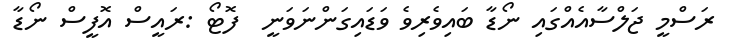
ރަސްމީ ޖަލްސާއެއްގައި ނޯޑާ ބައިވެރިވެ ވަޑައިގަންނަވަނީ  ފޮޓޯ :ރައީސް އޮފީސް ނޯޑާ